Vaccine operations Central Provinces 1900-1911 - 1900-1911
Year: 1900
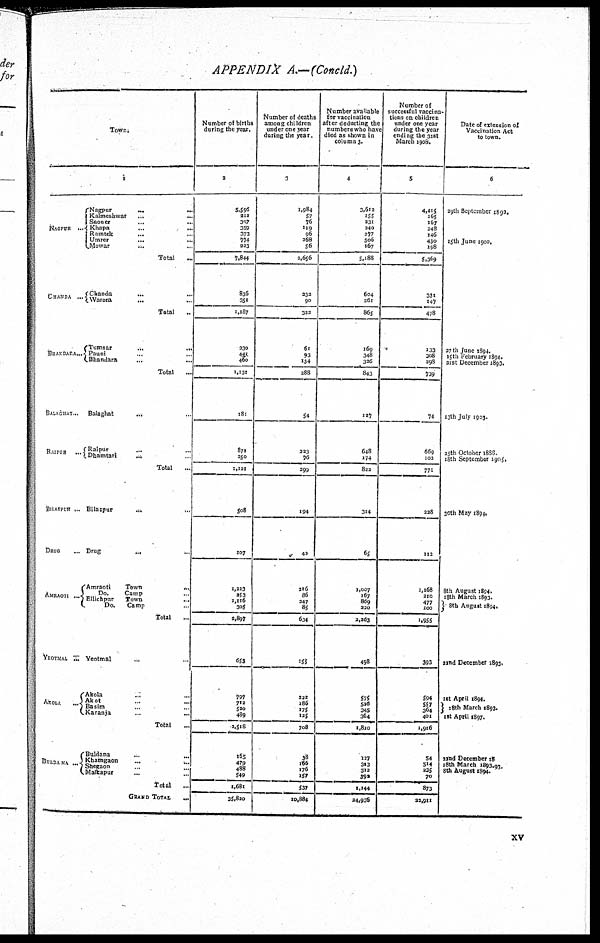
APPENDIX A.—(Concld.)
Town.
1
NAGPUR ...
CHANDA ...
BHANDARA...
Nagpur ... ...
Kalmeshwar ... ...
Saoner
...
...
Khapa
...
...
Ramtek
...
...
Umrer
...
...
Mowar ... ...
Total
...
Chanda ... ...
Warora
... ...
Total
..
Tumsar
...
...
Pauni ... ...
Bhandara ... ...
Total
...
BALAGHAT.. Balaghat
... ...
RAIPUR ...
Raipur ... ...
Dhamtari ... ...
Total
..
BILASPUR ...
DURG
...
AMRAOTI ...
Bilaspur ... ...
Drug
...
...
Amraoti
Town ...
Do.
Camp
...
Ellichpur
Town
...
Do.
Camp ...
Total
...
YEOTMAL ...
AKPLA ...
Yeotmal ... ...
Akola ... ...
Akot
...
...
Basim ... ...
Karanja
...
...
Total
...
BULDANA ...
Buldana
...
...
Khamgaon
... ...
Shegaon
...
...
Malkapur ... ...
Total ...
GRAND TOTAL
...
Number of births
during the year.
2
5,596
212
307
359
373
774
223
7,844
836
351
1,187
230
441
460
1,131
181
871
250
1,121
508
107
1,223
253
1,116
305
2,897
653
797
712
520
489
2,518
165
470
488
549
1,681
35,820
Number of deaths
among children
under one year
during the year.
3
1,984
57
76
119
96
268
56
2,656
232
90
322
61
93
134
288
54
223
76
299
194
42
216
86
247
85
634
155
222
186
175
125
708
38
166
176
157
537
10,884
Number available
for vaccination
after deducting the
numbers who have
died as shown in
column 3.
4
3,612
155
231
240
277
506
167
5,188
604
261
865
169
348
326
843
127
648
174
822
314
65
1,007
167
869
220
2,263
498
575
526
345
364
1,810
127
313
312
392
1,144
24,936
Number of
successful vaccina¬
tions on children
under one year
during the year
ending the 31st
March 1908.
5
4,415
165
167
248
146
430
158
5,369
331
147
478
133
208
298
739
74
669
102
771
228
112
1,168
210
477
100
1,955
393
594
557
364
401
1,916
54
514
235
70
873
22,911
Date of extension of
Vaccination Act
to tows.
6
29th September 1892.
15th June 1900.
27 th June 1894.
15th February 1894.
31st December 1893.
13th July 1903.
25th October 1888
18th September 1905.
30th May 1894.
8 th August 18794.
18th March 1893.
8th August 1894.
22nd December 1893.
1st April 1894.
18th March 1893.
1st April 1897.
22nd December 18
18th March 1892-93.
8th August 1894.
xv